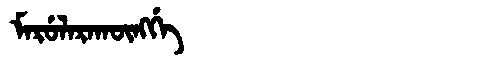
Manchu: ᠮᠠᡵᡠᠯᠠᡵᠠᡴᡡᠩᡤᡝ
Romanization: MARULARAKŪNGGE